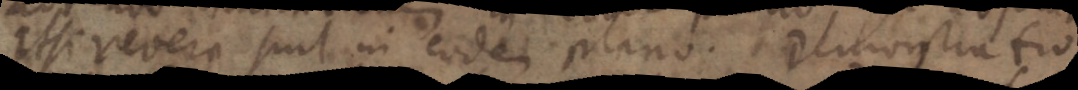
Et si revera suit in eodem plano. Demonstratio